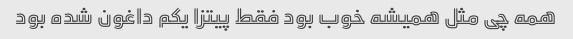
همه چی مثل همیشه خوب بود فقط پیتزا یکم داغون شده بود